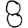
Digit: 8